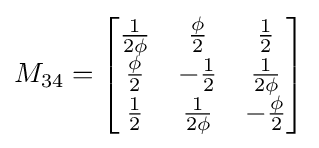
M_{34}={\begin{bmatrix}{\frac {1}{2\phi }}&{\frac {\phi }{2}}&{\frac {1}{2}}\\{\frac {\phi }{2}}&-{\frac {1}{2}}&{\frac {1}{2\phi }}\\{\frac {1}{2}}&{\frac {1}{2\phi }}&-{\frac {\phi }{2}}\end{bmatrix}}